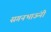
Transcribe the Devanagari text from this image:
सगनभाऊंनी